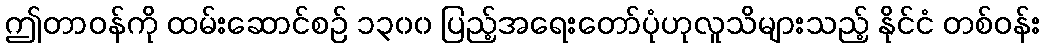
ဤတာဝန်ကို ထမ်းဆောင်စဉ် ၁၃၀၀ ပြည့်အရေးတော်ပုံဟုလူသိများသည့် နိုင်ငံ တစ်ဝန်း